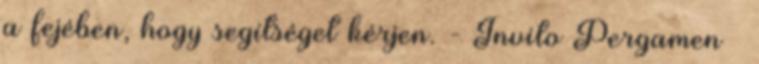
a fejében, hogy segítséget kérjen. - Invito Pergamen –